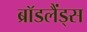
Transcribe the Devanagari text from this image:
ब्रॉडलैंड्स